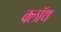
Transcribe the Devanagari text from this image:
क्‍लॉथ